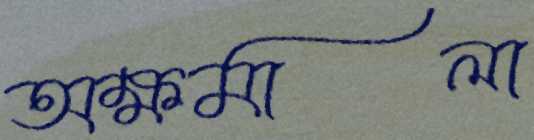
অক্ষমালা